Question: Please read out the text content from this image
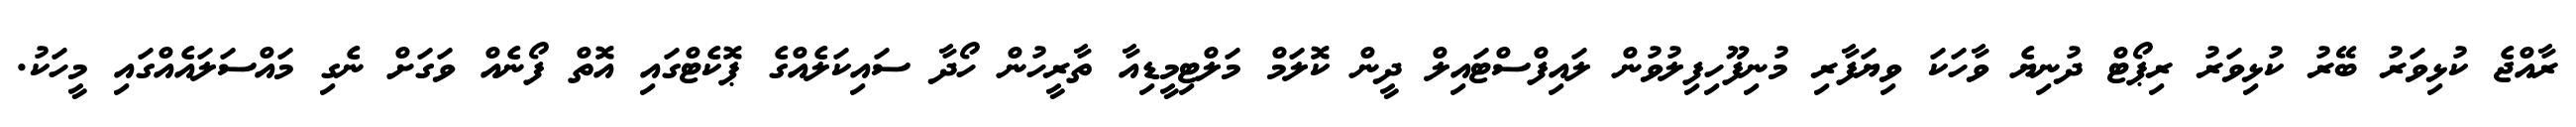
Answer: ރާއްޖެ ކުޅިވަރު ބޭރު ކުޅިވަރު ރިޕޯޓް ދުނިޔެ ވާހަކަ ވިޔަފާރި މުނިފޫހިފިލުވުން ލައިފްސްޓައިލް ދީން ކޮލަމް މަލްޓިމީޑިއާ ތާރީހުން ހޯދާ ސައިކަލެއްގެ ޕޮކެޓްގައި އޮތް ފޯނެއް ވަގަށް ނެގި މައްސަލައެއްގައި މީހަކު.